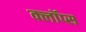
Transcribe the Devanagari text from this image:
क्लॉप्स